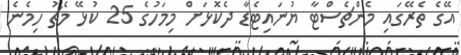
އޭގެ ތެރޭގައި މެންޗެސްޓާ ޔުނައިޓެޑާ ދެކޮޅަށް މިމަހުގެ 25 ކުޅޭ މެޗު ހިމެނެ